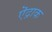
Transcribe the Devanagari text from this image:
ऎद्राक